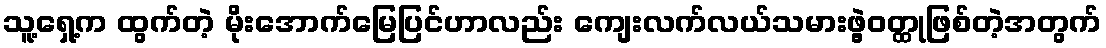
သူ့ရှေ့က ထွက်တဲ့ မိုးအောက်မြေပြင်ဟာလည်း ကျေးလက်လယ်သမားဖွဲ့ဝတ္ထုဖြစ်တဲ့အတွက်